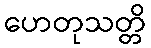
ဟေတုသတ္တိ